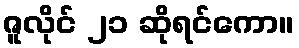
ဇူလိုင် ၂၁ ဆိုရင်ကော။